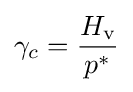
\gamma _{c}={\frac {H_{\rm {v}}}{p^{*}}}